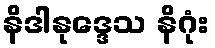
နိဒါနုဒ္ဒေသ နိဂုံး